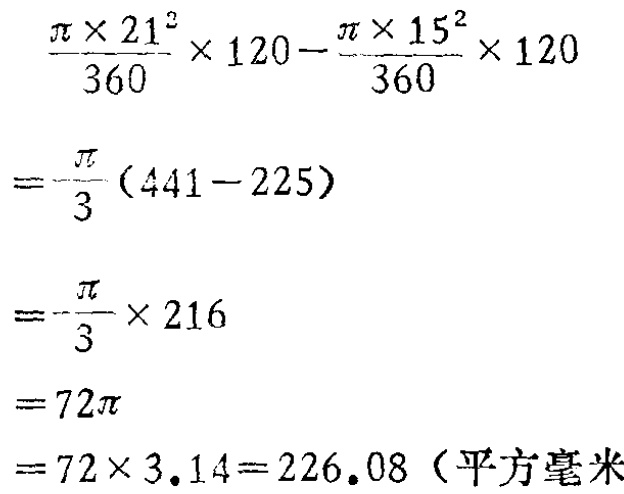
\[

\begin{align*}

&\frac{\pi\times21^{2}}{360}\times120 - \frac{\pi\times15^{2}}{360}\times120\\

=&\frac{\pi}{3}(441 - 225)\\

=&\frac{\pi}{3}\times216\\

=&72\pi\\

=&72\times3.14 = 226.08 (\text{平方毫米})

\end{align*}

\]